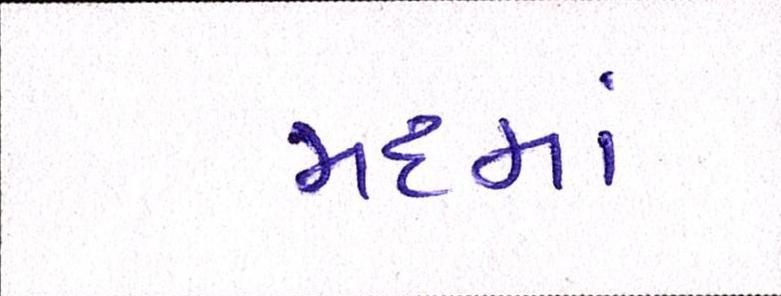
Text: મદમાં